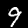
Digit: 9